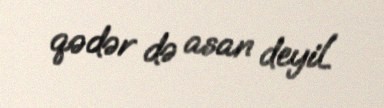
qədər də asan deyil.